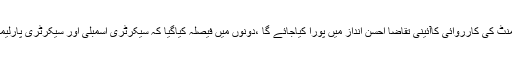
سپیکر اسد قیصر اور بابراعوان میں اتفاق ہوا کہ پارلیمنٹ کی کارروائی کاآئینی تقاضا احسن انداز میں پورا کیاجائے گا ،دونوں میں فیصلہ کیاگیا کہ سیکرٹری اسمبلی اور سیکرٹری پارلیمانی امور مشاورت سے اجلاس کاپلان تربیت دینگے ۔